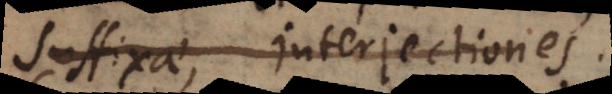
Suffixae, Interjectiones.